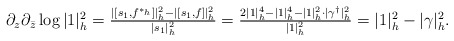
\begin{align*}\begin{array}{cccc}\partial_z\partial_{\bar z}\log |1|_h^2=\frac{|[s_1,f^{*_h}]|_h^2-|[s_1,f]|_h^2}{|s_1|_h^2}=\frac{2|1|_h^4-|1|_h^4-|1|_h^2\cdot|\gamma^{\dagger}|_h^2}{|1|_h^2}=|1|_h^2-|\gamma|_h^2.\end{array}\end{align*}